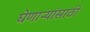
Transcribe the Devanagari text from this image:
घेणाऱ्यांसाठी